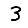
Digit: 3